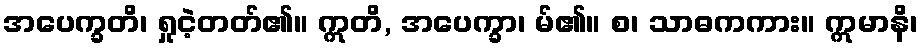
အပေက္ခတိ၊ ရှုငဲ့တတ်၏။ ဣတိ, အပေက္ခာ၊ မ်၏။ စ၊ သာဓကကား။ ဣမာနိ၊